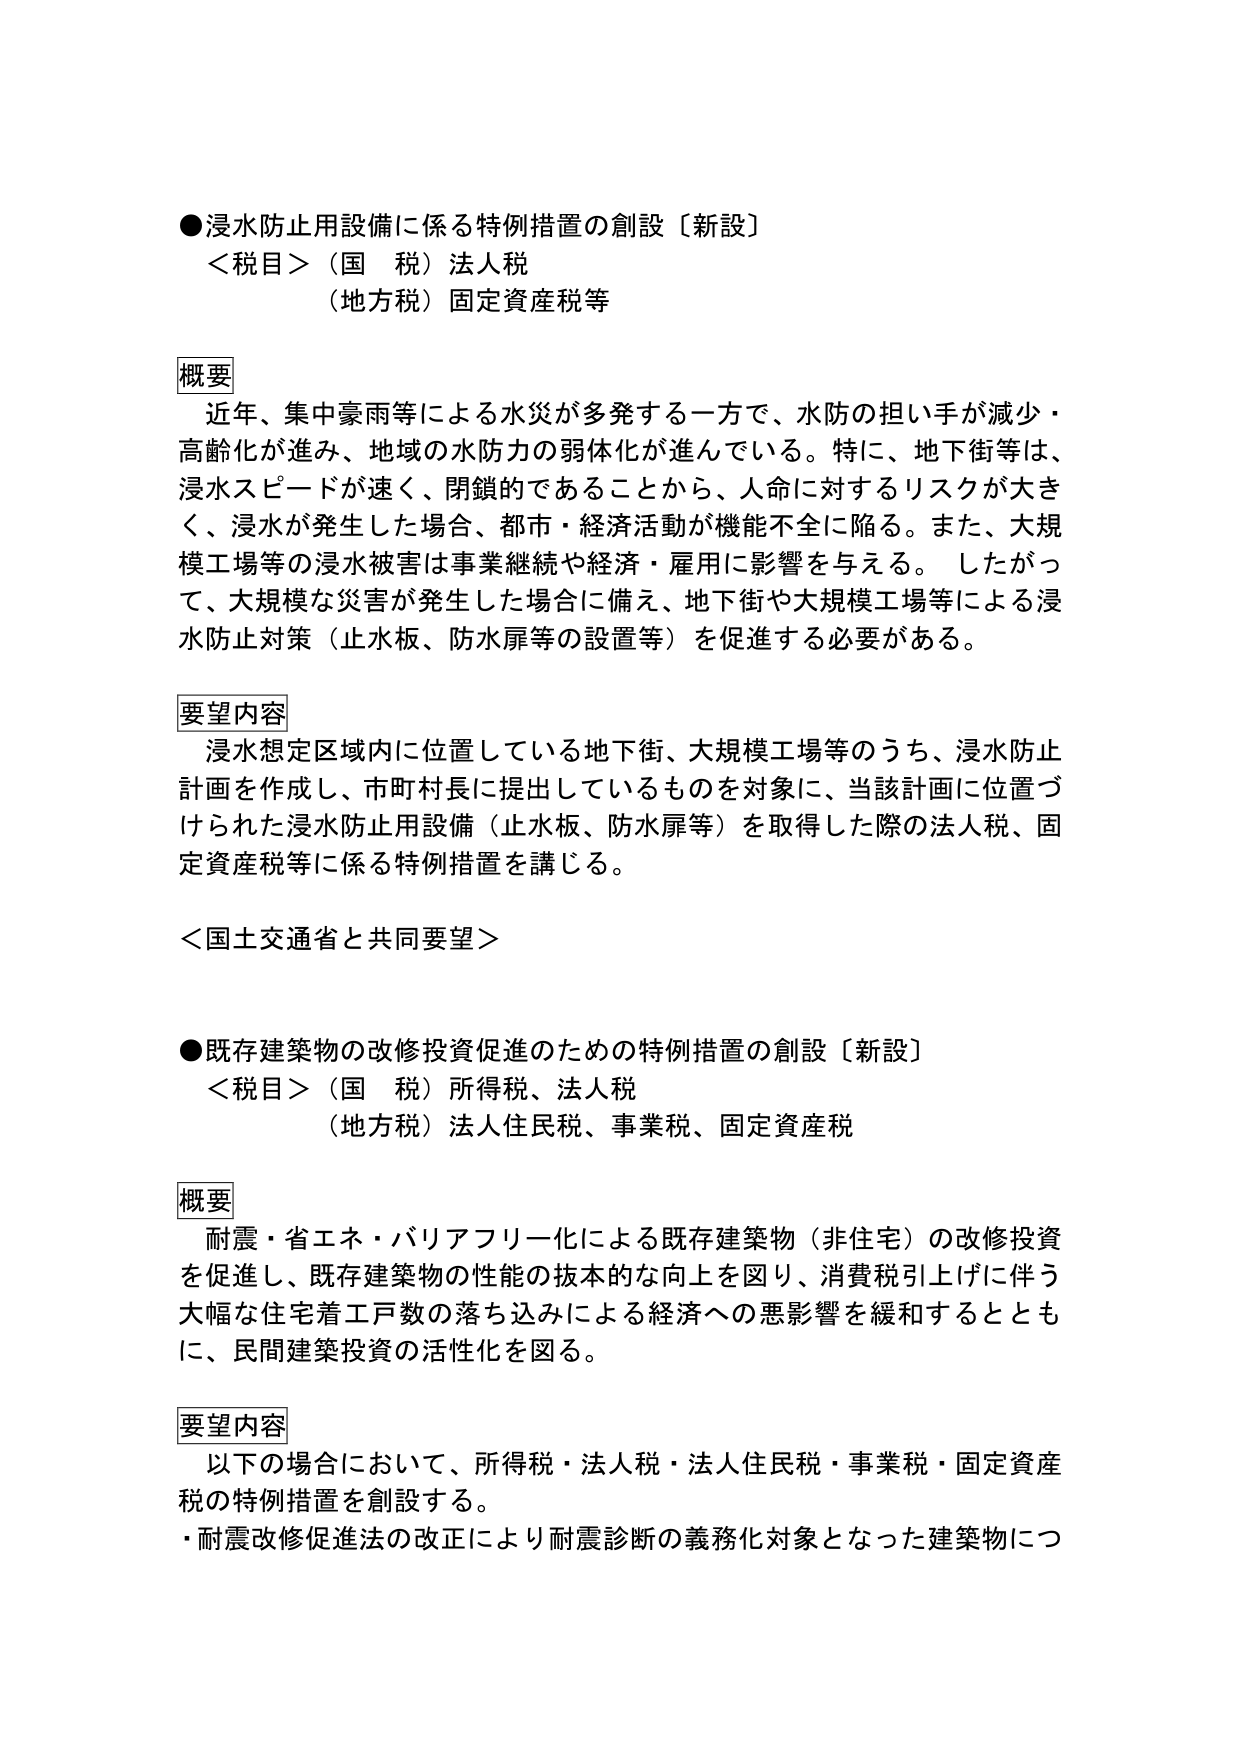
●浸水防止用設備に係る特例措置の創設〔新設〕
＜税目＞（国　税）法人税
（地方税）固定資産税等

概要
近年、集中豪雨等による水災が多発する一方で、水防の担い手が減少・
高齢化が進み、地域の水防力の弱体化が進んでいる。特に、地下街等は、
浸水スピードが速く、閉鎖的であることから、人命に対するリスクが大き
く、浸水が発生した場合、都市・経済活動が機能不全に陥る。また、大規
模工場等の浸水被害は事業継続や経済・雇用に影響を与える。　したがっ
て、大規模な災害が発生した場合に備え、地下街や大規模工場等による浸
水防止対策（止水板、防水扉等の設置等）を促進する必要がある。

要望内容
浸水想定区域内に位置している地下街、大規模工場等のうち、浸水防止
計画を作成し、市町村長に提出しているものを対象に、当該計画に位置づ
けられた浸水防止用設備（止水板、防水扉等）を取得した際の法人税、固
定資産税等に係る特例措置を講じる。

＜国土交通省と共同要望＞

●既存建築物の改修投資促進のための特例措置の創設〔新設〕
＜税目＞（国　税）所得税、法人税
（地方税）法人住民税、事業税、固定資産税

概要
耐震・省エネ・バリアフリー化による既存建築物（非住宅）の改修投資
を促進し、既存建築物の性能の抜本的な向上を図り、消費税引上げに伴う
大幅な住宅着工戸数の落ち込みによる経済への悪影響を緩和するととも
に、民間建築投資の活性化を図る。

要望内容
以下の場合において、所得税・法人税・法人住民税・事業税・固定資産
税の特例措置を創設する。
・耐震改修促進法の改正により耐震診断の義務化対象となった建築物につ